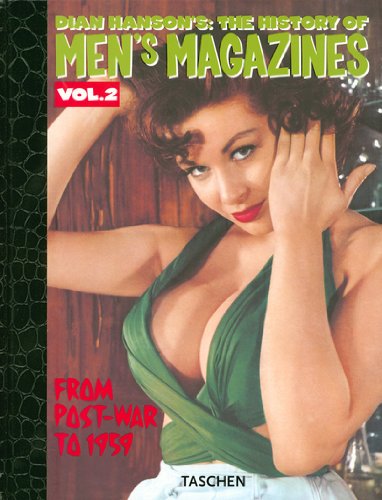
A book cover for History of Men's Magazines (Dian Hanson's: The History of Men's Magazine) Vol.2; Arts & Photography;